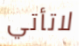
لاتأتي